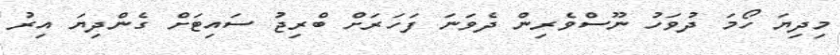
މިދިޔަ ހޯމަ ދުވަހު ނޫސްވެރިން ދެވަނަ ފަހަރަށް ބްރިޖު ސައިޓަށް ގެންދިޔަ އިރު